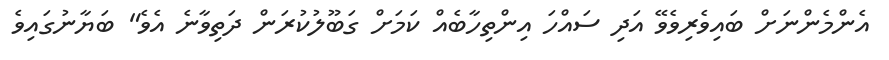
އެންމެންނަށް ބައިވެރިވެވޭ އަދި ސައްހަ އިންތިހާބެއް ކަމަށް ގަބޫލުކުރަން ދަތިވާނެ އެވެ" ބަޔާނުގައިވެ